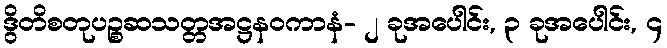
ဒွိတိစတုပဉ္စဆသတ္တအဋ္ဌနဝကာနံ- ၂ ခုအပေါင်း, ၃ ခုအပေါင်း, ၄